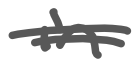
Text: in
Cross-out: double-line
Writing tool: digital_gray